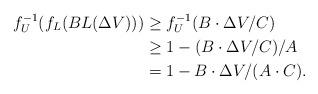
LaTeX: \begin{align*} f_U^{-1}(f_L(BL(\Delta V))) & \geq f_U^{-1}(B\cdot \Delta V/C)\\ & \geq 1-(B\cdot \Delta V/C)/A\\ & = 1-B\cdot \Delta V/(A\cdot C). \end{align*}